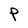
Character: P